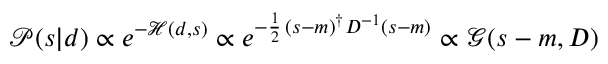
{ \mathcal { P } } ( s | d ) \propto e ^ { - { \mathcal { H } } ( d , s ) } \propto e ^ { - { \frac { 1 } { 2 } } \, ( s - m ) ^ { \dagger } D ^ { - 1 } ( s - m ) } \propto { \mathcal { G } } ( s - m , D )